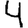
Digit: 4